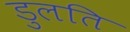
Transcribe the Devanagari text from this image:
डुलति